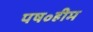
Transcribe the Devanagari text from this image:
पष॰हीम